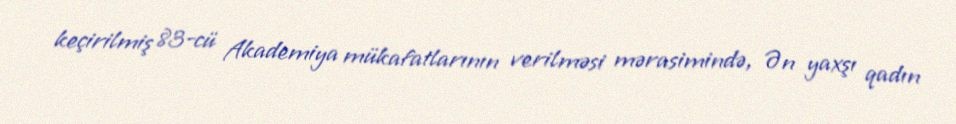
keçirilmiş 83-cü Akademiya mükafatlarının verilməsi mərasimində, Ən yaxşı qadın